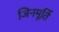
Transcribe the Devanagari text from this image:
जिनमूर्ति